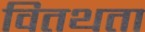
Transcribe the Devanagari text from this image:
वितथता